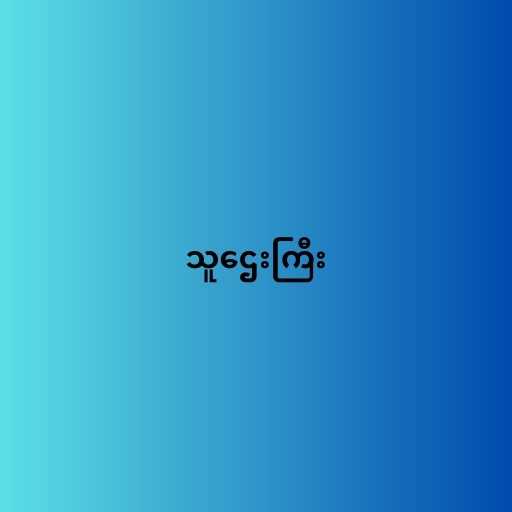
သူဌေးကြီး